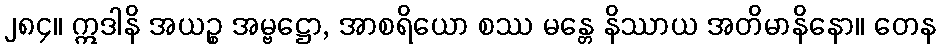
၂၈၄။ ဣဒါနိ အယဉ္စ အမ္ဗဋ္ဌော, အာစရိယော စဿ မန္တေ နိဿာယ အတိမာနိနော။ တေန